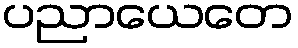
ပညာယေတေ